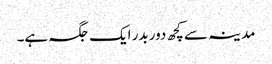
مدینہ سے کچھ دور بدر ایک جگہ ہے۔